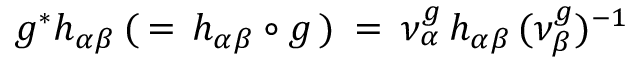
g ^ { * } h _ { \alpha \beta } \: ( \, = \, h _ { \alpha \beta } \circ g \, ) \: = \: \nu _ { \alpha } ^ { g } \, h _ { \alpha \beta } \, ( \nu _ { \beta } ^ { g } ) ^ { - 1 }